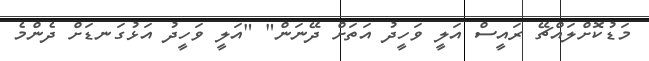
މަޑުކޮށްލައްޗޭ ރައީސް އަލީ ވަހީދު އަތަށް ދޭނަން" "އަލީ ވަހީދު އަޅުގަނޑަށް ދެންމެ